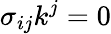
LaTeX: \sigma_{ij}k^{j}=0